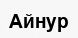
Айнур